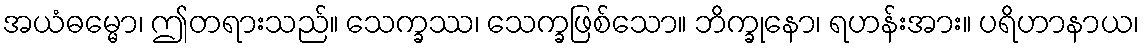
အယံဓမ္မော၊ ဤတရားသည်။ သေက္ခဿ၊ သေက္ခဖြစ်သော။ ဘိက္ခုနော၊ ရဟန်းအား။ ပရိဟာနာယ၊